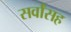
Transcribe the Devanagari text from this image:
सर्वांसह